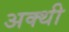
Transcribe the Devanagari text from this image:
अक्थी